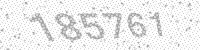
Solution: 185761